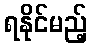
ရနိုင်မည့်